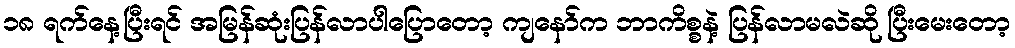
၁၈ ရက်နေ့ပြီးရင် အမြန်ဆုံးပြန်လာပါပြောတော့ ကျနော်က ဘာကိစ္စနဲ့ ပြန်လာမလဲဆို ပြီးမေးတော့